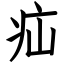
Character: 疝